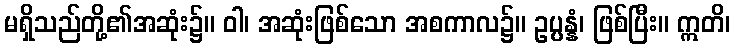
မရှိသည်တို့၏အဆုံး၌။ ဝါ၊ အဆုံးဖြစ်သော အစကာလ၌။ ဥပ္ပန္နံ၊ ဖြစ်ပြီး။ ဣတိ၊